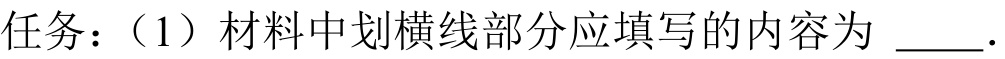
任务：（1）材料中划横线部分应填写的内容为  ．